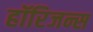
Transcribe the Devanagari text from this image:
हॉरिजन्स